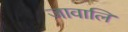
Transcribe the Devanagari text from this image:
जावालि